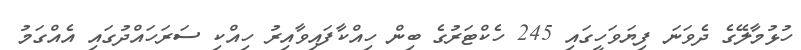
ހުޅުމާލޭގެ ދެވަނަ ފިޔަވަހީގައި 245 ހެކްޓަރުގެ ބިން ހިއްކާފައިވާއިރު ހިއްކި ސަރަހައްދުގައި އެއްގަމު